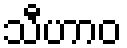
သီဟာဝ